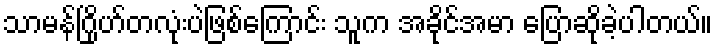
သာမန်ဂြိုဟ်တလုံးပဲဖြစ်ကြောင်း သူက အခိုင်အမာ ပြောဆိုခဲ့ပါတယ်။